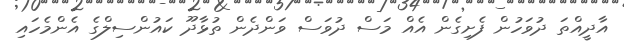
އާދީއްތަ ދުވަހުން ފެށިގެން އެއް މަސް ދުވަސް ވަންދެން ތުޅާދޫ ކައުންސިލްގެ އެންމެހައި